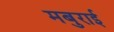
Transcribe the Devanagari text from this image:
मबुराई